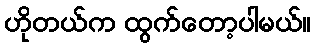
ဟိုတယ်က ထွက်တော့ပါမယ်။